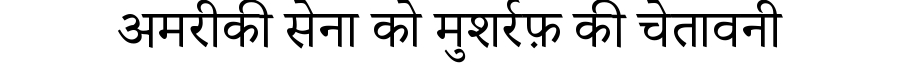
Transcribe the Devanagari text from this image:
अमरीकी सेना को मुशर्रफ़ की चेतावनी